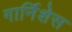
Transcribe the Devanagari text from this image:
गार्निशेस